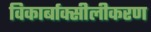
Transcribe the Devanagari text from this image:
विकार्बाक्सीलीकरण